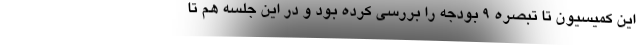
این کمیسیون تا تبصره ۹ بودجه را بررسی کرده بود و در این جلسه هم تا